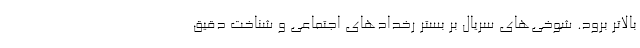
بالاتر برود. شوخی‌های سریال بر بستر رخدادهای اجتماعی و شناخت دقیق